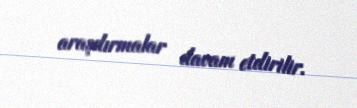
araşdırmalar davam etdirilir.